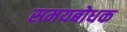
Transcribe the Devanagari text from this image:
समयबोधक